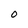
Character: O